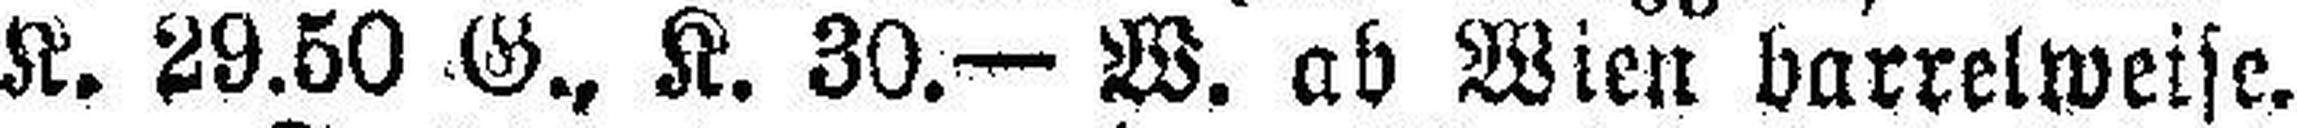
K. 29.50 G., K. 30.— W. ab Wien barrelweise.